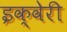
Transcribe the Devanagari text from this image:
इक्वेरी